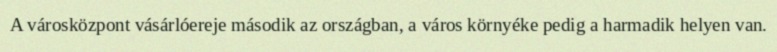
A városközpont vásárlóereje második az országban, a város környéke pedig a harmadik helyen van.